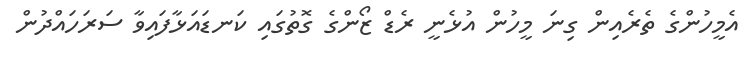
އެމީހުންގެ ތެރެއިން ގިނަ މީހުން އުޅެނީ ރެޑް ޒޯންގެ ގޮތުގައި ކަނޑައަޅާފައިވާ ސަރަހައްދުން